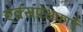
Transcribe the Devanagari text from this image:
एक्सप्रेसकार्ड